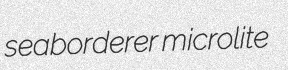
seaborderer microlite